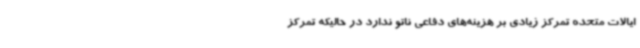
ایالات متحده تمرکز زیادی بر هزینه‌های دفاعی ناتو ندارد در حالیکه تمرکز